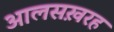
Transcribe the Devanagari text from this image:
आलसख़रह